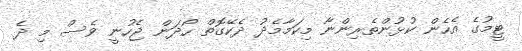
ޓީމުގެ އެހެން ކުޅުންތެރިންނާ މިކަމާމެދު ދެކޭގޮތް ހޯދަން ޖެހުނީ ވެސް މި ދެ